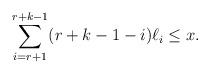
LaTeX: \begin{align*}\sum_{i=r+1}^{r+k-1}(r+k-1-i)\ell_i \leq x.\end{align*}